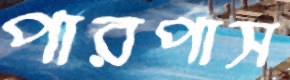
পারপাস